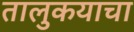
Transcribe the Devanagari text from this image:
तालुकयाचा